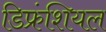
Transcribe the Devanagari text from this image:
डिफ्रंशियल